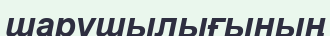
шарушылығының